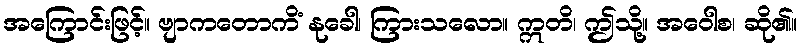
အကြောင်းဖြင့်။ ဗျာကတောကိံ နုခေါ၊ ကြားသလော။ ဣတိ၊ ဤသို့။ အဝေါစ၊ ဆို၏။